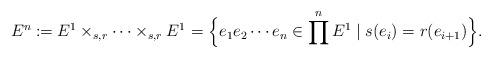
LaTeX: \begin{align*}E^n &\coloneqq E^1 \times_{s,r} \cdots \times_{s,r} E^1=\Big\{ e_1e_2\cdots e_n \in \prod^n E^1 \mid s(e_i)=r(e_{i+1}) \Big\}.\end{align*}